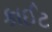
કાઈટ